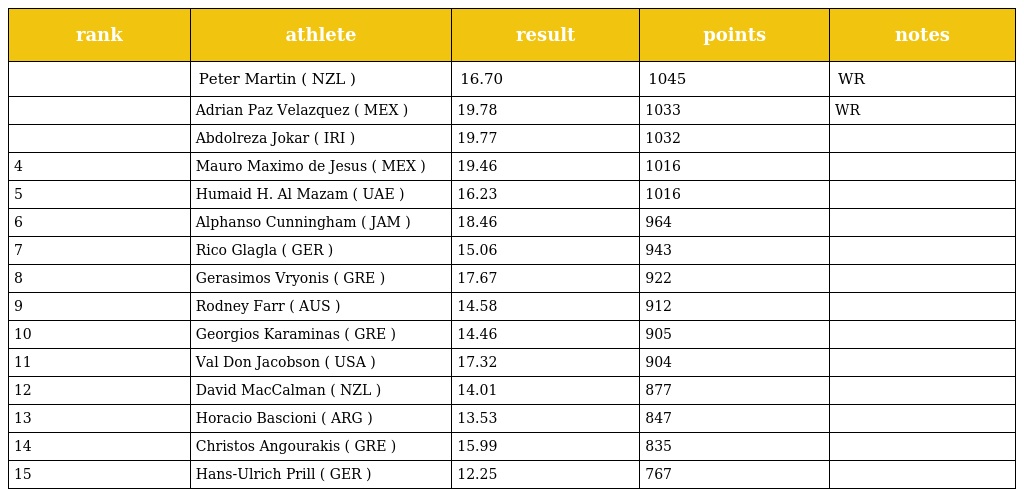
| rank | athlete | result | points | notes |
 | --- | --- | --- | --- | --- |
 |  | Peter Martin ( NZL ) | 16.70 | 1045 | WR |
 |  | Adrian Paz Velazquez ( MEX ) | 19.78 | 1033 | WR |
 |  | Abdolreza Jokar ( IRI ) | 19.77 | 1032 |  |
 | 4 | Mauro Maximo de Jesus ( MEX ) | 19.46 | 1016 |  |
 | 5 | Humaid H. Al Mazam ( UAE ) | 16.23 | 1016 |  |
 | 6 | Alphanso Cunningham ( JAM ) | 18.46 | 964 |  |
 | 7 | Rico Glagla ( GER ) | 15.06 | 943 |  |
 | 8 | Gerasimos Vryonis ( GRE ) | 17.67 | 922 |  |
 | 9 | Rodney Farr ( AUS ) | 14.58 | 912 |  |
 | 10 | Georgios Karaminas ( GRE ) | 14.46 | 905 |  |
 | 11 | Val Don Jacobson ( USA ) | 17.32 | 904 |  |
 | 12 | David MacCalman ( NZL ) | 14.01 | 877 |  |
 | 13 | Horacio Bascioni ( ARG ) | 13.53 | 847 |  |
 | 14 | Christos Angourakis ( GRE ) | 15.99 | 835 |  |
 | 15 | Hans-Ulrich Prill ( GER ) | 12.25 | 767 |  |